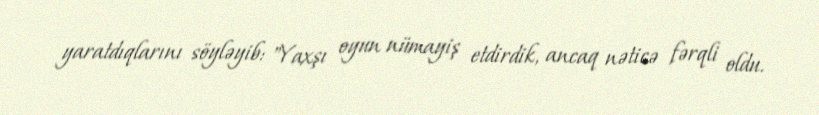
yaratdıqlarını söyləyib: "Yaxşı oyun nümayiş etdirdik, ancaq nəticə fərqli oldu.